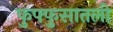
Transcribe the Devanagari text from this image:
फुफ्फुसातली